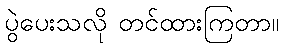
ပွဲပေးသလို တင်ထားကြတာ။